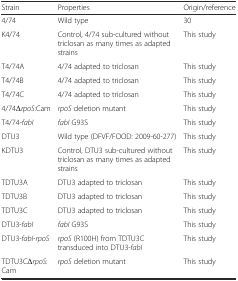
| Strain | Properties | Origin/reference |
 | --- | --- | --- |
 | 4/74 | Wild type | 30 |
 | K4/74 | Control, 4/74 sub-cultured without triclosan as many times as adapted strains | This study |
 | T4/74A | 4/74 adapted to triclosan | This study |
 | T4/74B | 4/74 adapted to triclosan | This study |
 | T4/74C | 4/74 adapted to triclosan | This study |
 | 4/74ΔrpoS:Cam | rpoS deletion mutant | This study |
 | T4/74-fabI | fabI G93S | This study |
 | DTU3 | Wild type (DFVF/FOOD: 2009-60-277) | This study |
 | KDTU3 | Control, DTU3 sub-cultured without triclosan as many times as adapted strains | This study |
 | TDTU3A | DTU3 adapted to triclosan | This study |
 | TDTU3B | DTU3 adapted to triclosan | This study |
 | TDTU3C | DTU3 adapted to triclosan | This study |
 | DTU3-fabI | fabI G93S | This study |
 | DTU3-fabI-rpoS | rpoS (R100H) from TDTU3C transduced into DTU3-fabI | This study |
 | TDTU3CΔrpoS:Cam | rpoS deletion mutant | This study |